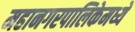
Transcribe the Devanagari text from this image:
महानगरपालिकेमध्ये